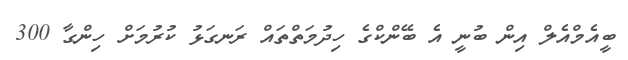
ބީއެމްއެލް އިން ބުނީ އެ ބޭންކްގެ ހިދުމަތްތައް ރަނގަޅު ކުރުމަށް ހިންގާ 300